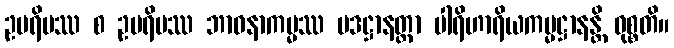
ဥပရိမဿ စ ဥပရိမဿ ဘာဝနာကမ္မဿ ပဒဋ္ဌာနတ္တာ ပါရိဟာရိယကမ္မဋ္ဌာနန္တိ ဝုစ္စတိ။